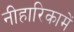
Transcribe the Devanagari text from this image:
नीहारिकामें